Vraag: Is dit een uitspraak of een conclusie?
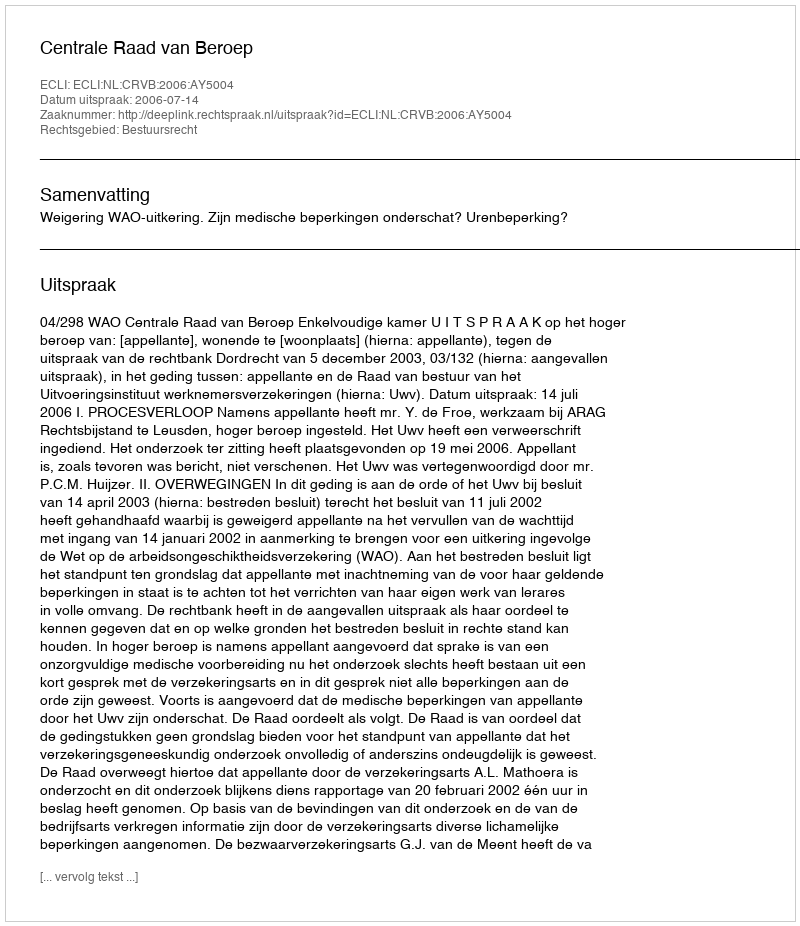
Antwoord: Uitspraak